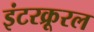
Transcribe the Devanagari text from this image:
इंटरक्रूरल